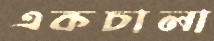
একচালা